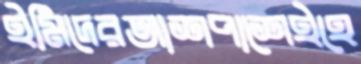
ইমিদেরআশপাশেইহে